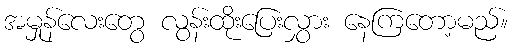
အမှုန်လေးတွေ လွန်းထိုးပြေးလွှား နေကြတော့မည်။